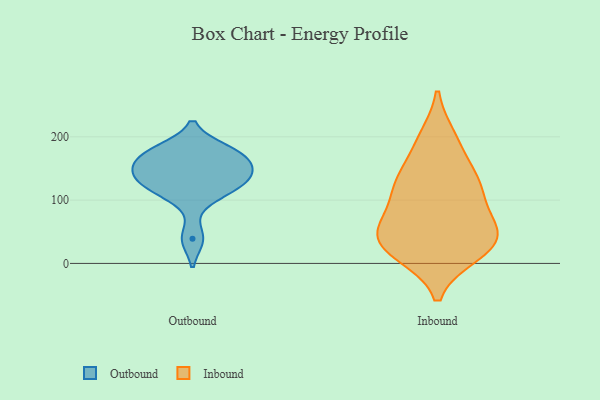
{"axis": {"x": "Headcount", "y": "Value"}, "legend": ["Inbound", "Outbound"], "data": [{"x": "", "y": 119, "type": "Outbound"}, {"x": "", "y": 139, "type": "Outbound"}, {"x": "", "y": 142, "type": "Outbound"}, {"x": "", "y": 108, "type": "Outbound"}, {"x": "", "y": 178, "type": "Outbound"}, {"x": "", "y": 161, "type": "Outbound"}, {"x": "", "y": 39, "type": "Outbound"}, {"x": "", "y": 180, "type": "Outbound"}, {"x": "", "y": 164, "type": "Outbound"}, {"x": "", "y": 132, "type": "Outbound"}, {"x": "", "y": 193, "type": "Inbound"}, {"x": "", "y": 198, "type": "Inbound"}, {"x": "", "y": 135, "type": "Inbound"}, {"x": "", "y": 21, "type": "Inbound"}, {"x": "", "y": 33, "type": "Inbound"}, {"x": "", "y": 15, "type": "Inbound"}, {"x": "", "y": 143, "type": "Inbound"}, {"x": "", "y": 70, "type": "Inbound"}, {"x": "", "y": 18, "type": "Inbound"}, {"x": "", "y": 119, "type": "Inbound"}, {"x": "", "y": 111, "type": "Inbound"}, {"x": "", "y": 46, "type": "Inbound"}, {"x": "", "y": 57, "type": "Inbound"}, {"x": "", "y": 60, "type": "Inbound"}, {"x": "", "y": 119, "type": "Inbound"}, {"x": "", "y": 40, "type": "Inbound"}]}